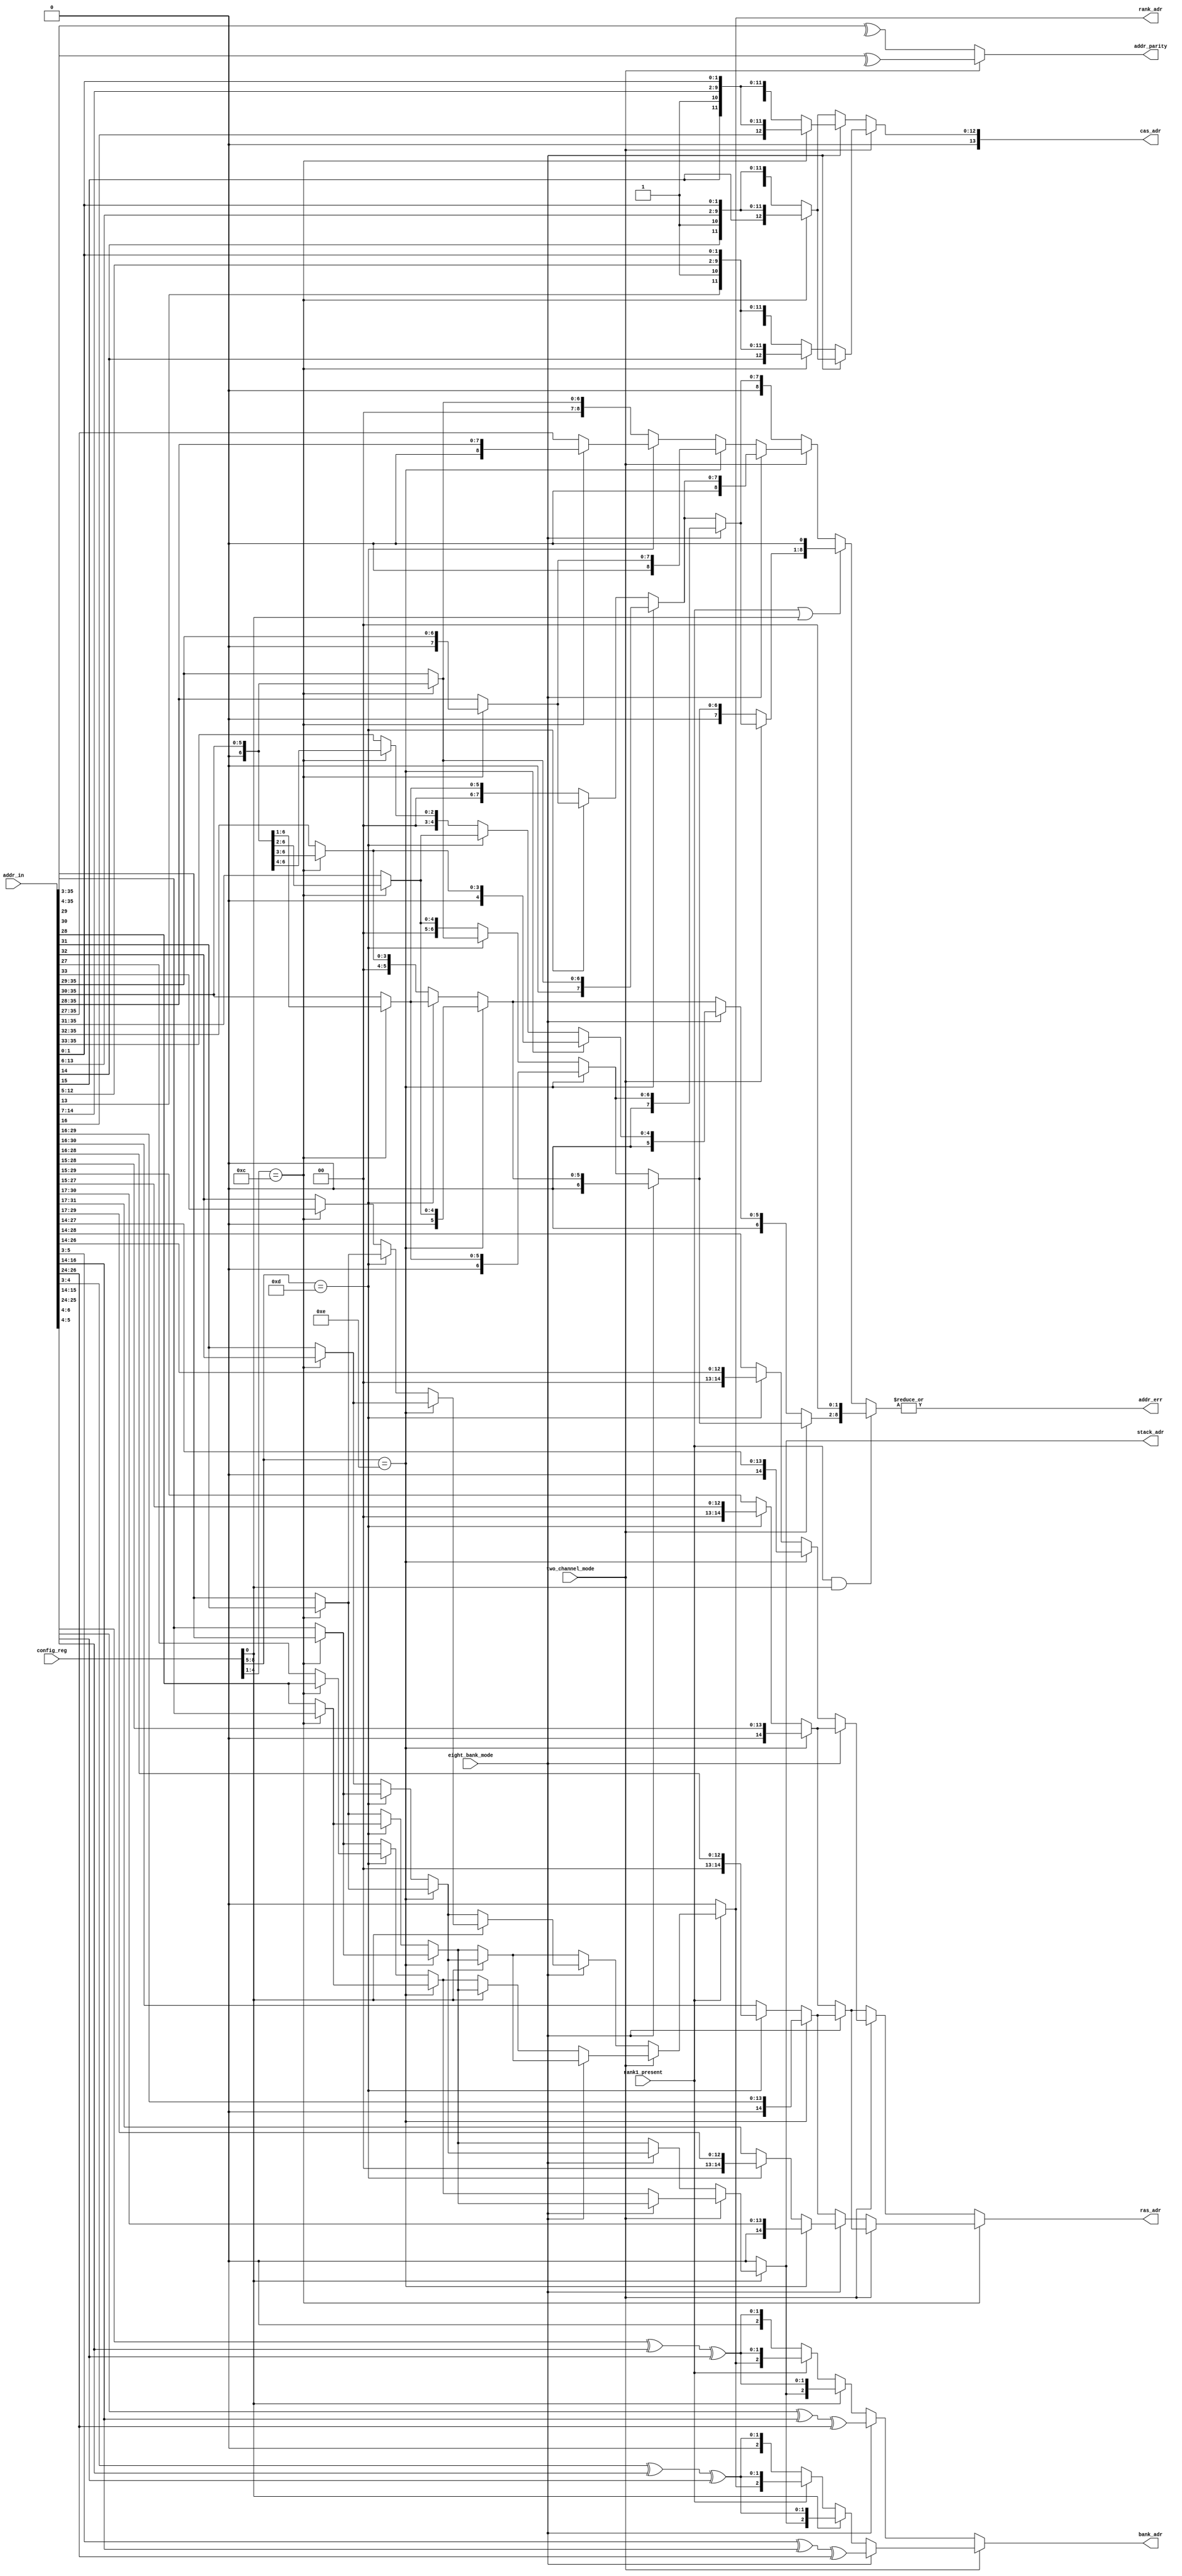
// ========== Copyright Header Begin ==========================================
// 
// OpenSPARC T1 Processor File: dram_addr_gen.v
// Copyright (c) 2006 Sun Microsystems, Inc.  All Rights Reserved.
// DO NOT ALTER OR REMOVE COPYRIGHT NOTICES.
// 
// The above named program is free software; you can redistribute it and/or
// modify it under the terms of the GNU General Public
// License version 2 as published by the Free Software Foundation.
// 
// The above named program is distributed in the hope that it will be 
// useful, but WITHOUT ANY WARRANTY; without even the implied warranty of
// MERCHANTABILITY or FITNESS FOR A PARTICULAR PURPOSE.  See the GNU
// General Public License for more details.
// 
// You should have received a copy of the GNU General Public
// License along with this work; if not, write to the Free Software
// Foundation, Inc., 51 Franklin St, Fifth Floor, Boston, MA 02110-1301, USA.
// 
// ========== Copyright Header End ============================================
module dram_addr_gen(/*AUTOARG*/
   // Outputs
   addr_err, rank_adr, stack_adr, bank_adr, ras_adr, cas_adr, addr_parity,
   // Inputs
   addr_in, config_reg, two_channel_mode, rank1_present, eight_bank_mode
   );

input [39:4]	addr_in;
input [8:0]	config_reg;
input		rank1_present;
input		eight_bank_mode;
input		two_channel_mode;

output		addr_parity;
output		addr_err;
output 		rank_adr;
output 		stack_adr;
output [2:0]	bank_adr;
output [14:0]	ras_adr;
output [13:0]	cas_adr;

//////////////////////////////////////////////////////////////////
// WIRE
//////////////////////////////////////////////////////////////////
wire [14:0]     ras_adr_cas12;
wire [14:0]     ras_adr_cas11;

//////////////////////////////////////////////////////////////////
// Mux the RAS address 
//////////////////////////////////////////////////////////////////
				
assign ras_adr_cas12[14:0] = two_channel_mode ? (
                eight_bank_mode ? ( (config_reg[8:5] == 4'he) ?
                        {1'h0,addr_in[33:20]} : (config_reg[8:5] == 4'hd) ?
                        {2'h0,addr_in[32:20]} : addr_in[34:20]) :
                (config_reg[8:5] == 4'he) ?
                        {1'h0,addr_in[32:19]} : (config_reg[8:5] == 4'hd) ?
                        {2'h0,addr_in[31:19]} : addr_in[33:19]) :
                eight_bank_mode ? (
                        (config_reg[8:5] == 4'he) ?
                        {1'h0,addr_in[34:21]} : (config_reg[8:5] == 4'hd) ?
                        {2'h0,addr_in[33:21]} : addr_in[35:21]) :
                ((config_reg[8:5] == 4'he) ?
                        {1'h0,addr_in[33:20]} : (config_reg[8:5] == 4'hd) ?
                        {2'h0,addr_in[32:20]} : addr_in[34:20]);

assign ras_adr_cas11[14:0] = two_channel_mode ? (
                eight_bank_mode ? ( (config_reg[8:5] == 4'he) ?
                        {1'h0,addr_in[32:19]} : (config_reg[8:5] == 4'hd) ?
                        {2'h0,addr_in[31:19]} : addr_in[33:19]) :
                (config_reg[8:5] == 4'he) ?
                        {1'h0,addr_in[31:18]} : (config_reg[8:5] == 4'hd) ?
                        {2'h0,addr_in[30:18]} : addr_in[32:18]) :
                eight_bank_mode ? (
                        (config_reg[8:5] == 4'he) ?
                        {1'h0,addr_in[33:20]} : (config_reg[8:5] == 4'hd) ?
                        {2'h0,addr_in[32:20]} : addr_in[34:20]) :
                ((config_reg[8:5] == 4'he) ?
                        {1'h0,addr_in[32:19]} : (config_reg[8:5] == 4'hd) ?
                        {2'h0,addr_in[31:19]} : addr_in[33:19]);

assign ras_adr[14:0] = (config_reg[4:1] == 4'hc) ? ras_adr_cas12 : ras_adr_cas11;

wire stack_adr_present = two_channel_mode ? ( 
		eight_bank_mode ? ( (config_reg[8:5] == 4'he) ? (
                        (config_reg[4:1] == 4'hc) ? addr_in[34] : addr_in[33]) :
                      	(config_reg[8:5] == 4'hd) ? (
                        (config_reg[4:1] == 4'hc) ? addr_in[33] : addr_in[32]) :
                      	((config_reg[4:1] == 4'hc) ? addr_in[35] : addr_in[34])) :
		(config_reg[8:5] == 4'he) ? (
                        (config_reg[4:1] == 4'hc) ? addr_in[33] : addr_in[32]) :
                      (config_reg[8:5] == 4'hd) ? (
                        (config_reg[4:1] == 4'hc) ? addr_in[32] : addr_in[31]) :
                      ((config_reg[4:1] == 4'hc) ? addr_in[34] : addr_in[33])) :
		eight_bank_mode ? ( (config_reg[8:5] == 4'he) ? (
                        (config_reg[4:1] == 4'hc) ? addr_in[35] : addr_in[34]) :
                      	(config_reg[8:5] == 4'hd) ? (
                        (config_reg[4:1] == 4'hc) ? addr_in[34] : addr_in[33]) :
                      	((config_reg[4:1] == 4'hc) ? addr_in[36] : addr_in[35])) :
		((config_reg[8:5] == 4'he) ? (
                        (config_reg[4:1] == 4'hc) ? addr_in[34] : addr_in[33]) :
                      (config_reg[8:5] == 4'hd) ? (
                        (config_reg[4:1] == 4'hc) ? addr_in[33] : addr_in[32]) :
                      ((config_reg[4:1] == 4'hc) ? addr_in[35] : addr_in[34])); 

wire stack_adr = config_reg[0] ? stack_adr_present : 1'b0;

wire rank_adr_present = two_channel_mode ? ( 
		eight_bank_mode ? (
			config_reg[0] ? (
			(config_reg[8:5] == 4'he) ? (
                        (config_reg[4:1] == 4'hc) ? addr_in[35] : addr_in[34]) :
                      (config_reg[8:5] == 4'hd) ? (
                        (config_reg[4:1] == 4'hc) ? addr_in[34] : addr_in[33]) :
                      ((config_reg[4:1] == 4'hc) ? addr_in[36] : addr_in[35]) ) :
			( (config_reg[8:5] == 4'he) ? (
                        (config_reg[4:1] == 4'hc) ? addr_in[34] : addr_in[33]) :
                      (config_reg[8:5] == 4'hd) ? (
                        (config_reg[4:1] == 4'hc) ? addr_in[33] : addr_in[32]) :
                      ((config_reg[4:1] == 4'hc) ? addr_in[35] : addr_in[34]) )) :
		config_reg[0] ? (
			(config_reg[8:5] == 4'he) ? (
                        (config_reg[4:1] == 4'hc) ? addr_in[34] : addr_in[33]) :
                      (config_reg[8:5] == 4'hd) ? (
                        (config_reg[4:1] == 4'hc) ? addr_in[33] : addr_in[32]) :
                      ((config_reg[4:1] == 4'hc) ? addr_in[35] : addr_in[34]) ) :
			( (config_reg[8:5] == 4'he) ? (
                        (config_reg[4:1] == 4'hc) ? addr_in[33] : addr_in[32]) :
                      (config_reg[8:5] == 4'hd) ? (
                        (config_reg[4:1] == 4'hc) ? addr_in[32] : addr_in[31]) :
                      ((config_reg[4:1] == 4'hc) ? addr_in[34] : addr_in[33]) )) :
		eight_bank_mode ? (
			config_reg[0] ? (
			(config_reg[8:5] == 4'he) ? (
                        (config_reg[4:1] == 4'hc) ? addr_in[36] : addr_in[35]) :
                      (config_reg[8:5] == 4'hd) ? (
                        (config_reg[4:1] == 4'hc) ? addr_in[35] : addr_in[34]) :
                      ((config_reg[4:1] == 4'hc) ? addr_in[37] : addr_in[36]) ) :
			( (config_reg[8:5] == 4'he) ? (
                        (config_reg[4:1] == 4'hc) ? addr_in[35] : addr_in[34]) :
                      (config_reg[8:5] == 4'hd) ? (
                        (config_reg[4:1] == 4'hc) ? addr_in[34] : addr_in[33]) :
                      ((config_reg[4:1] == 4'hc) ? addr_in[36] : addr_in[35]) )) :
		(config_reg[0] ? (
			(config_reg[8:5] == 4'he) ? (
                        (config_reg[4:1] == 4'hc) ? addr_in[35] : addr_in[34]) :
                      (config_reg[8:5] == 4'hd) ? (
                        (config_reg[4:1] == 4'hc) ? addr_in[34] : addr_in[33]) :
                      ((config_reg[4:1] == 4'hc) ? addr_in[36] : addr_in[35]) ) :
			( (config_reg[8:5] == 4'he) ? (
                        (config_reg[4:1] == 4'hc) ? addr_in[34] : addr_in[33]) :
                      (config_reg[8:5] == 4'hd) ? (
                        (config_reg[4:1] == 4'hc) ? addr_in[33] : addr_in[32]) :
                      ((config_reg[4:1] == 4'hc) ? addr_in[35] : addr_in[34]) )); 

wire rank_adr = rank1_present ? rank_adr_present : 1'b0;

wire [8:0] upper_addr_no_sd_no_rank = two_channel_mode ? (
		eight_bank_mode ? ( (config_reg[8:5] == 4'he) ? (
                        (config_reg[4:1] == 4'hc) ? {3'h0,addr_in[39:34]} : {2'h0,addr_in[39:33]}) :
                      (config_reg[8:5] == 4'hd) ? (
                        (config_reg[4:1] == 4'hc) ? {2'h0,addr_in[39:33]} : {1'h0,addr_in[39:32]}) :
                      ((config_reg[4:1] == 4'hc) ? {4'h0,addr_in[39:35]} : {3'h0,addr_in[39:34]})) :
		(config_reg[8:5] == 4'he) ? (
                        (config_reg[4:1] == 4'hc) ? {2'h0,addr_in[39:33]} : {1'h0,addr_in[39:32]}) :
                      (config_reg[8:5] == 4'hd) ? (
                        (config_reg[4:1] == 4'hc) ? {1'h0,addr_in[39:32]} : addr_in[39:31]) :
                      ((config_reg[4:1] == 4'hc) ? {3'h0,addr_in[39:34]} : {2'h0,addr_in[39:33]})) :
		eight_bank_mode ? ( (config_reg[8:5] == 4'he) ? (
                        (config_reg[4:1] == 4'hc) ? {4'h0,addr_in[39:35]} : {3'h0,addr_in[39:34]}) :
                      (config_reg[8:5] == 4'hd) ? (
                        (config_reg[4:1] == 4'hc) ? {3'h0,addr_in[39:34]} : {2'h0,addr_in[39:33]}) :
                      ((config_reg[4:1] == 4'hc) ? {5'h0,addr_in[39:36]} : {4'h0,addr_in[39:35]})) :
		((config_reg[8:5] == 4'he) ? (
                        (config_reg[4:1] == 4'hc) ? {3'h0,addr_in[39:34]} : {2'h0,addr_in[39:33]}) :
                      (config_reg[8:5] == 4'hd) ? (
                        (config_reg[4:1] == 4'hc) ? {2'h0,addr_in[39:33]} : {1'h0,addr_in[39:32]}) :
                      ((config_reg[4:1] == 4'hc) ? {4'h0,addr_in[39:35]} : {3'h0,addr_in[39:34]}));

wire [7:0] upper_addr_sd_or_rank  = two_channel_mode ? (
		eight_bank_mode ? ( (config_reg[8:5] == 4'he) ? (
                        (config_reg[4:1] == 4'hc) ? {3'h0,addr_in[39:35]} : {2'h0,addr_in[39:34]}) :
                      (config_reg[8:5] == 4'hd) ? (
                        (config_reg[4:1] == 4'hc) ? {2'h0,addr_in[39:34]} : {1'h0,addr_in[39:33]}) :
                      ((config_reg[4:1] == 4'hc) ? {4'h0,addr_in[39:36]} : {3'h0,addr_in[39:35]})) :
		(config_reg[8:5] == 4'he) ? (
                        (config_reg[4:1] == 4'hc) ? {2'h0,addr_in[39:34]} : {1'h0,addr_in[39:33]}) :
                      (config_reg[8:5] == 4'hd) ? (
                        (config_reg[4:1] == 4'hc) ? {1'h0,addr_in[39:33]} : addr_in[39:32]) :
                      ((config_reg[4:1] == 4'hc) ? {3'h0,addr_in[39:35]} : {2'h0,addr_in[39:34]})) :
		eight_bank_mode ? ( (config_reg[8:5] == 4'he) ? (
                        (config_reg[4:1] == 4'hc) ? {4'h0,addr_in[39:36]} : {3'h0,addr_in[39:35]}) :
                      (config_reg[8:5] == 4'hd) ? (
                        (config_reg[4:1] == 4'hc) ? {3'h0,addr_in[39:35]} : {2'h0,addr_in[39:34]}) :
                      ((config_reg[4:1] == 4'hc) ? {5'h0,addr_in[39:37]} : {4'h0,addr_in[39:36]})) :
		((config_reg[8:5] == 4'he) ? (
                        (config_reg[4:1] == 4'hc) ? {3'h0,addr_in[39:35]} : {2'h0,addr_in[39:34]}) :
                      (config_reg[8:5] == 4'hd) ? (
                        (config_reg[4:1] == 4'hc) ? {2'h0,addr_in[39:34]} : {1'h0,addr_in[39:33]}) :
                      ((config_reg[4:1] == 4'hc) ? {4'h0,addr_in[39:36]} : {3'h0,addr_in[39:35]})); 

wire [6:0] upper_addr_sd_and_rank  = two_channel_mode ? (
		eight_bank_mode ? ( (config_reg[8:5] == 4'he) ? (
                   (config_reg[4:1] == 4'hc) ? {3'h0,addr_in[39:36]} : {2'h0,addr_in[39:35]}) :
                   (config_reg[8:5] == 4'hd) ? (
                        (config_reg[4:1] == 4'hc) ? {2'h0,addr_in[39:35]} : {1'h0,addr_in[39:34]}) :
                      ((config_reg[4:1] == 4'hc) ? {4'h0,addr_in[39:37]} : {3'h0,addr_in[39:36]})) :
		(config_reg[8:5] == 4'he) ? (
                        (config_reg[4:1] == 4'hc) ? {2'h0,addr_in[39:35]} : {1'h0,addr_in[39:34]}) :
                      (config_reg[8:5] == 4'hd) ? (
                        (config_reg[4:1] == 4'hc) ? {1'h0,addr_in[39:34]} : addr_in[39:33]) :
                      ((config_reg[4:1] == 4'hc) ? {3'h0,addr_in[39:36]} : {2'h0,addr_in[39:35]})) :
		eight_bank_mode ? ( (config_reg[8:5] == 4'he) ? (
                        (config_reg[4:1] == 4'hc) ? {4'h0,addr_in[39:37]} : {3'h0,addr_in[39:36]}) :
                      (config_reg[8:5] == 4'hd) ? (
                        (config_reg[4:1] == 4'hc) ? {3'h0,addr_in[39:36]} : {2'h0,addr_in[39:35]}) :
                      ((config_reg[4:1] == 4'hc) ? {5'h0,addr_in[39:38]} : {4'h0,addr_in[39:37]})) :
		((config_reg[8:5] == 4'he) ? (
                        (config_reg[4:1] == 4'hc) ? {3'h0,addr_in[39:36]} : {2'h0,addr_in[39:35]}) :
                      (config_reg[8:5] == 4'hd) ? (
                        (config_reg[4:1] == 4'hc) ? {2'h0,addr_in[39:35]} : {1'h0,addr_in[39:34]}) :
                      ((config_reg[4:1] == 4'hc) ? {4'h0,addr_in[39:37]} : {3'h0,addr_in[39:36]})); 

wire [8:0] upper_addr = 
		(rank1_present & config_reg[0]) ? {upper_addr_sd_and_rank[6:0],2'b0} :
		(rank1_present | config_reg[0]) ? {upper_addr_sd_or_rank[7:0],1'b0} : 
			upper_addr_no_sd_no_rank[8:0];

wire addr_err = |upper_addr[8:0];

//////////////////////////////////////////////////////////////////
// Mux the CAS address 
//////////////////////////////////////////////////////////////////

assign cas_adr[13:0] = two_channel_mode ? (
		eight_bank_mode ? ( 
			(config_reg[4:1] == 4'hc) ? 
			{1'h0,addr_in[19:18],1'b1,addr_in[17:10],addr_in[5:4]} : 
			{2'h0,addr_in[18],1'b1,addr_in[17:10],addr_in[5:4]}) :
			(config_reg[4:1] == 4'hc) ? 
			{1'h0,addr_in[18:17],1'b1,addr_in[16:9],addr_in[5:4]} : 
			{2'h0,addr_in[17],1'b1,addr_in[16:9],addr_in[5:4]}) :
		eight_bank_mode ? ( 
			(config_reg[4:1] == 4'hc) ? 
			{1'h0,addr_in[20:19],1'b1,addr_in[18:11],addr_in[5:4]} : 
			{2'h0,addr_in[19],1'b1,addr_in[18:11],addr_in[5:4]}) :
		((config_reg[4:1] == 4'hc) ? 
			{1'h0,addr_in[19:18],1'b1,addr_in[17:10],addr_in[5:4]} : 
			{2'h0,addr_in[18],1'b1,addr_in[17:10],addr_in[5:4]}); 

assign bank_adr[2:0] = two_channel_mode ? (
			eight_bank_mode ? addr_in[9:7] ^ addr_in[20:18] ^ addr_in[30:28] :
			config_reg[0] ? { stack_adr, addr_in[8:7] ^ addr_in[19:18] ^ addr_in[29:28] } : 
				rank1_present ? {rank_adr, addr_in[8:7] ^ addr_in[19:18] ^ addr_in[29:28] } :
				{1'b0, addr_in[8:7] ^ addr_in[19:18] ^ addr_in[29:28] }) : 
			(eight_bank_mode ? addr_in[10:8] ^ addr_in[20:18] ^ addr_in[30:28] :
				config_reg[0] ? { stack_adr, addr_in[9:8] ^ addr_in[19:18] ^ addr_in[29:28]} : 
				rank1_present ? {rank_adr, addr_in[9:8] ^ addr_in[19:18] ^ addr_in[29:28] } :
				{1'b0, addr_in[9:8] ^ addr_in[19:18] ^ addr_in[29:28] });

wire addr_parity = two_channel_mode ? ^(addr_in[39:7]) : ^(addr_in[39:8]);

endmodule

// Local Variables:
// verilog-library-directories:("." "../../../common/rtl")
// End: